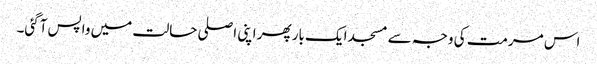
اس مرمت کی وجہ سے مسجد ایک بار پھر اپنی اصلی حالت میں واپس آگئی۔